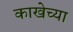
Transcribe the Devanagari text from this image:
काखेच्या